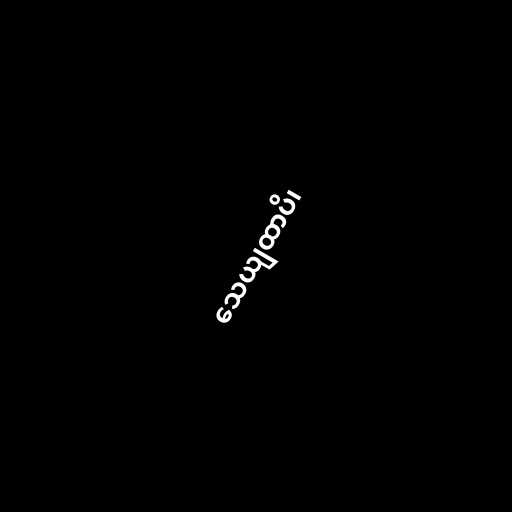
သေယျထာပိ၊